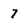
Character: 7